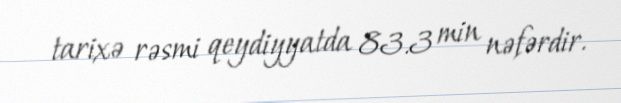
tarixə rəsmi qeydiyyatda 83.3 min nəfərdir.